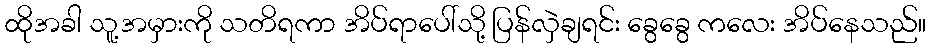
ထိုအခါ သူ့အမှားကို သတိရကာ အိပ်ရာပေါ်သို့ ပြန်လှဲချရင်း ခွေခွေ ကလေး အိပ်နေသည်။